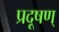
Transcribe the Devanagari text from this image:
प्रदूषण्